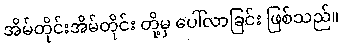
အိမ်တိုင်းအိမ်တိုင်း တို့မှ ပေါ်လာခြင်း ဖြစ်သည်။